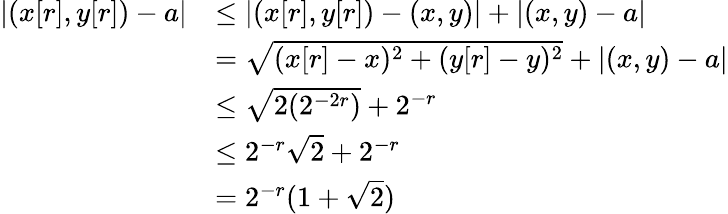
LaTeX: \begin{array}{rl}{|(x[r],y[r])-a|}&{\leq|(x[r],y[r])-(x,y)|+|(x,y)-a|}\\ &{=\sqrt{(x[r]-x)^{2}+(y[r]-y)^{2}}+|(x,y)-a|}\\ &{\leq\sqrt{2(2^{-2r})}+2^{-r}}\\ &{\leq 2^{-r}\sqrt{2}+2^{-r}}\\ &{=2^{-r}(1+\sqrt{2})}\end{array}